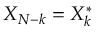
X _ { N - k } = X _ { k } ^ { * }